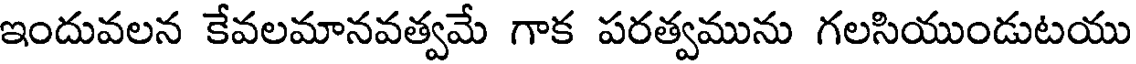
ఇందువలన కేవలమానవత్వమే గాక పరత్వమును గలసియుండుటయు